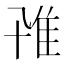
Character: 𨾐